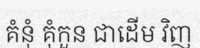
គំនុំ គុំកួន ជាដើម វិញ